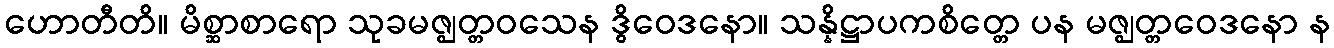
ဟောတီတိ။ မိစ္ဆာစာရော သုခမဇ္ဈတ္တဝသေန ဒွိဝေဒနော။ သန္နိဋ္ဌာပကစိတ္တေ ပန မဇ္ဈတ္တဝေဒနော န